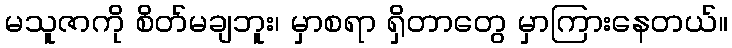
မသူဇာကို စိတ်မချဘူး၊ မှာစရာ ရှိတာတွေ မှာကြားနေတယ်။